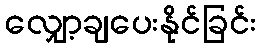
လျှော့ချပေးနိုင်ခြင်း